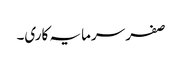
صفر سرمایہ کاری۔